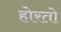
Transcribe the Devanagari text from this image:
होरतो